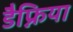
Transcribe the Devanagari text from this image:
डैफ्निया